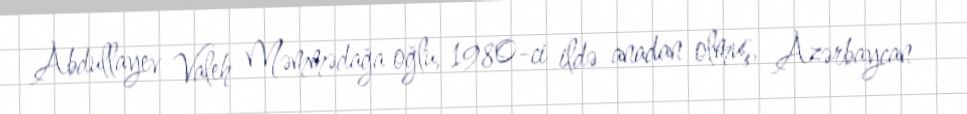
Abdullayev Valeh Məmmədağa oğlu, 1980-ci ildə anadan olmuş, Azərbaycan